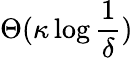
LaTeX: \Theta(\kappa\log{\frac{1}{\delta}})